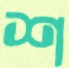
শ